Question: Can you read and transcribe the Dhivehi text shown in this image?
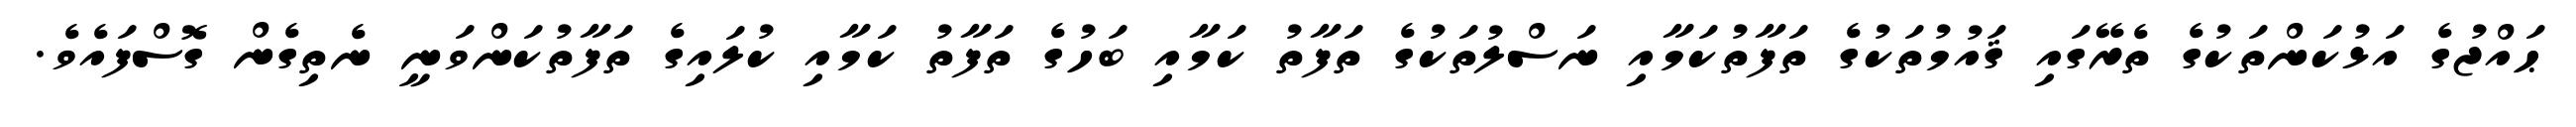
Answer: ޙައްޖުގެ އަޅުކަންތަކުގެ ތެރޭގައި ޤައުމުތަކުގެ ތަފާތުކަމާއި ނަސްލުތަކުގެ ތަފާތު ކަމާއި ބަހުގެ ތަފާތު ކަމާއި ކުލައިގެ ތަފާތުކަންވަނީ ނެތިގެން ގޮސްފައެވެ.